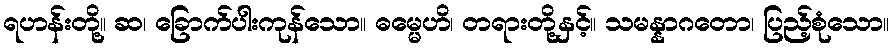
ရဟန်းတို့။ ဆ၊ ခြောက်ပါးကုန်သော။ ဓမ္မေဟိ၊ တရားတို့နှင့်။ သမန္နာဂတော၊ ပြည့်စုံသော။